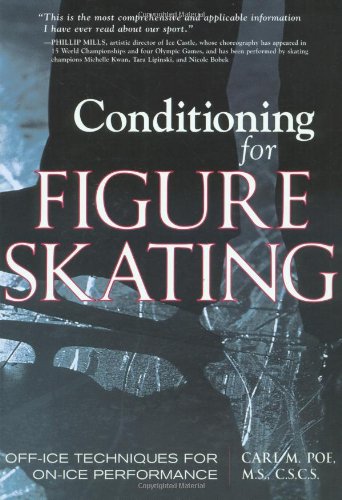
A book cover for Conditioning for Figure Skating: Off-Ice Techniques for On-Ice Performance; Carl Poe; Sports & Outdoors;